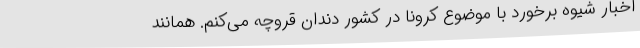
اخبار شیوه برخورد با موضوع کرونا در کشور دندان قروچه می‌کنم. همانند